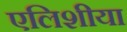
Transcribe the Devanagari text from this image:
एलिशीया